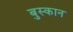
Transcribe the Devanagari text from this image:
बुस्कान